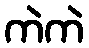
ကဲကဲ